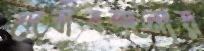
দেবীবন্দনায়